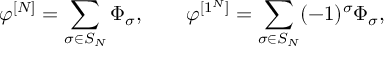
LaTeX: \varphi ^ { [ N ] } = \sum _ { \sigma \in S _ { N } } \Phi _ { \sigma } , \qquad \varphi ^ { [ 1 ^ { N } ] } = \sum _ { \sigma \in S _ { N } } ( - 1 ) ^ { \sigma } \Phi _ { \sigma } ,